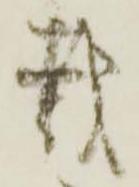
載